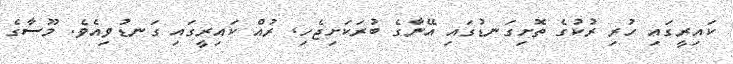
ކައިރީގައި ހުރި ރުކުގެ ތޮށިގަނޑުގައި އޭނާގެ ބުރަކަށިޖެހި